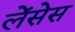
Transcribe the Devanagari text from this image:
लेंसेस